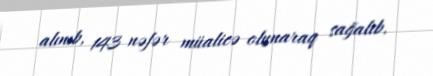
alınıb, 143 nəfər müalicə olunaraq sağalıb.